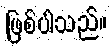
ဖြစ်ပါသည်။